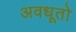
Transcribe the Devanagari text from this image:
अवधूतो